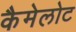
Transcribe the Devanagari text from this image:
कैमेलोट